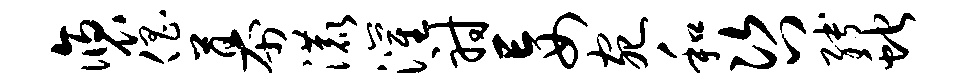
褒倡幕漉灌射妄宛和咨缚蛇